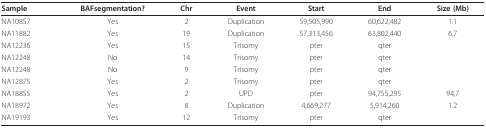
| Sample | BAFsegmentation? | Chr | Event | Start | End | Size (Mb) |
 | --- | --- | --- | --- | --- | --- | --- |
 | NA10857 | Yes | 2 | Duplication | 59,505,990 | 60,622,482 | 1.1 |
 | NA11882 | Yes | 19 | Duplication | 57,313,456 | 63,802,440 | 6.7 |
 | NA12236 | Yes | 15 | Trisomy | pter | qter |  |
 | NA12248 | No | 14 | Trisomy | pter | qter |  |
 | NA12248 | No | 9 | Trisomy | pter | qter |  |
 | NA12875 | Yes | 2 | Trisomy | pter | qter |  |
 | NA18855 | Yes | 2 | UPD | pter | 94,755,295 | 94,7 |
 | NA18972 | Yes | 8 | Duplication | 4,669,277 | 5,914,260 | 1.2 |
 | NA19193 | Yes | 12 | Trisomy | pter | qter |  |